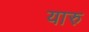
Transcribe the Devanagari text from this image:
यारु